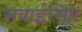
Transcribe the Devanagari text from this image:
सवाईसिंह